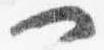
一